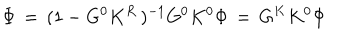
\Phi \, = \, ( 1 - G ^ { 0 } K ^ { R } \, ) ^ { - 1 } G ^ { 0 } K ^ { 0 } \Phi \, = \, G ^ { K } K ^ { 0 } \Phi